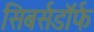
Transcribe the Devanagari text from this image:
सिबर्सडॉर्फ